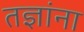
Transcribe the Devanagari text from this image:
तज्ञांना